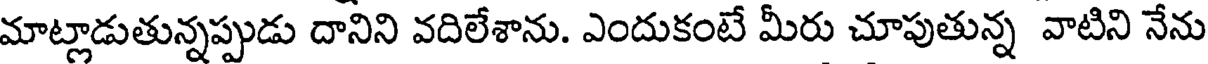
మాట్లాడుతున్నప్పుడు దానిని వదిలేశాను. ఎందుకంటే మీరు చూపుతున్న వాటిని నేను